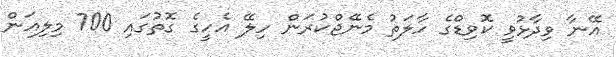
އޭނާ ވިދާޅުވީ ކޮވިޑްގެ ހާލަތު މެނޭޖްކުރަން ހިލޭ އެހީގެ ގޮތުގައި 700 މިލިއަން